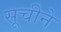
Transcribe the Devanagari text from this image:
सूचीने